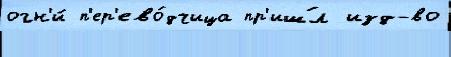
огн'и́ п'ер'ево́дчица пр'иш́л изд-во